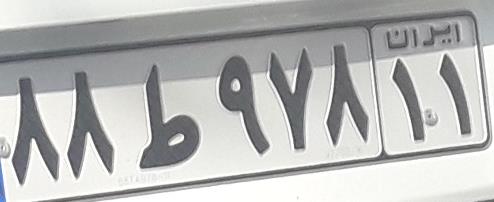
۸۸ط۹۷۸۱۱